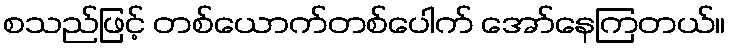
စသည်ဖြင့် တစ်ယောက်တစ်ပေါက် အော်နေကြတယ်။